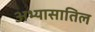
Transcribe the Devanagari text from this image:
अभ्यासातिल